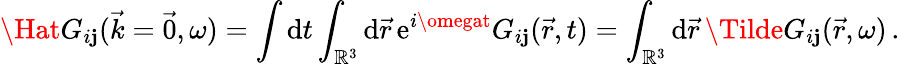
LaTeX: \Hat{G}_{i\mathbf{j}}(\vec{{k}}=\vec{{0}},\omega)=\int\mathrm{{d}}t\int_{\mathbb{{R}}^{3}}\mathrm{{d}}\vec{{r}}\, \mathrm{{e}}^{i\omegat}G_{i\mathbf{j}}(\vec{{r}},t)=\int_{\mathbb{{R}}^{3}}\mathrm{{d}}\vec{{r}}\, \Tilde{G_{i\mathbf{j}}}(\vec{{r}},\omega)\, .